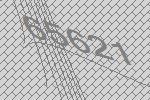
65621